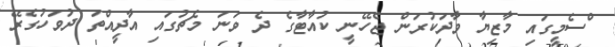
ްސެމީގައި މާޒިޔާ ވާދަކުރަން ޖެހޭނީ ކުއާޓާގެ ދެ ވަނަ މެޗުގައި އާދީއްތަ ދުވަހުގެރޭ